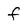
Character: f